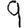
Digit: 9